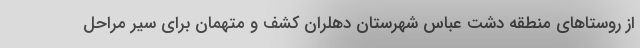
از روستاهای منطقه دشت عباس شهرستان دهلران کشف و متهمان برای سیر مراحل